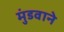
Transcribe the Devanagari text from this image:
मुंडवाने